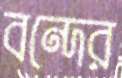
বন্দের